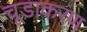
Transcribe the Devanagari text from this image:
चूडाकरण